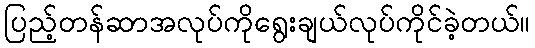
ပြည့်တန်ဆာအလုပ်ကိုရွေးချယ်လုပ်ကိုင်ခဲ့တယ်။